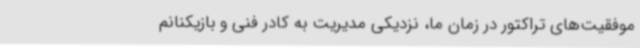
موفقیت‌های تراکتور در زمان ما، نزدیکی مدیریت به کادر فنی و بازیکنانم